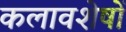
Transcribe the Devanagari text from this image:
कलावशेषों